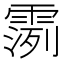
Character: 𫕪